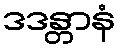
ဒဒန္တာနံ